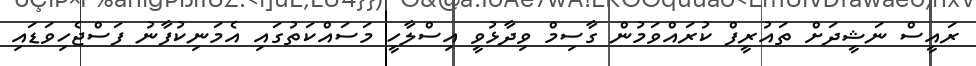
ރައީސް ނަޝީދަށް ތައުރީފް ކުރައްވަމުން ގާސިމް ވިދާޅުވީ އިސްލާހީ މަސައްކަތުގައި އެމަނިކުފާނު ފަސްޖެހިވަޑައި